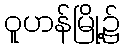
ဝူဟန်မြို့၌